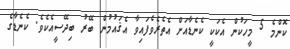
ކޮންމެ 5 މީހަކުން އެކަކީ ކެނެޑާއަށް އެތެރެވެފައިވާ އެޤައުމުން ބޭރު ބިދޭސީއެކެވެ. ކެނެޑާގެ